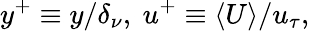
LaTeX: y^{+}\equiv y/\delta_{\nu},~u^{+}\equiv\langle U\rangle/u_{\tau},